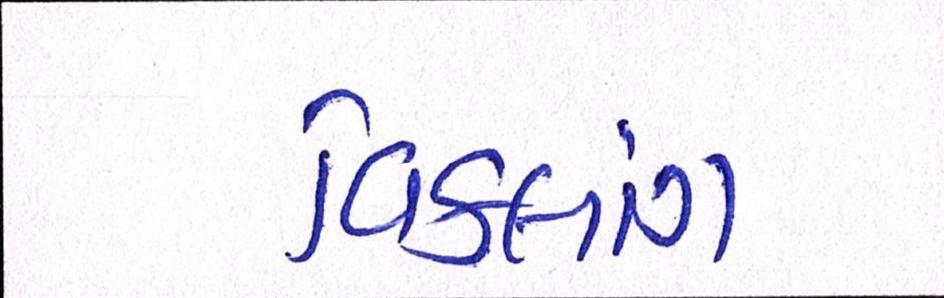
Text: વિકલાંગ